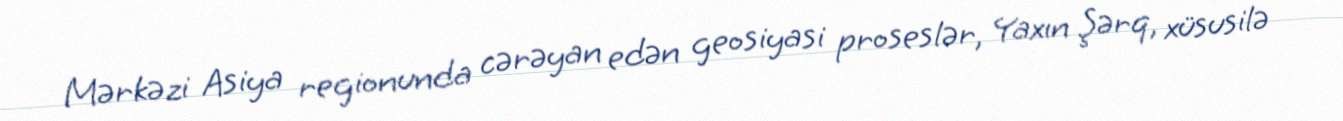
Mərkəzi Asiya regionunda cərəyan edən geosiyasi proseslər, Yaxın Şərq, xüsusilə